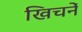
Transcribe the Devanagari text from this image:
खिचनें